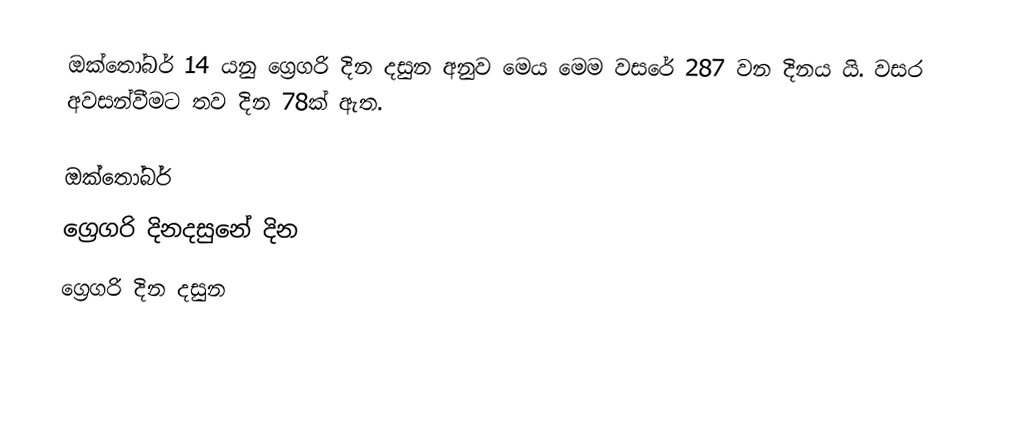
ඔක්තෝබර් 14 යනු ග්‍රෙගරි දින දසුන අනුව මෙය මෙම වසරේ 287 වන දිනය යි. වසර අවසන්වීමට තව දින 78ක් ඇත.

ඔක්තෝබර්
ග්‍රෙගරි දිනදසුනේ දින
ග්‍රෙගරි දින දසුන